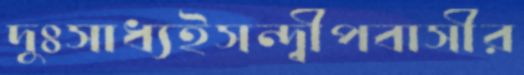
দুঃসাধ্যইসন্দ্বীপবাসীর